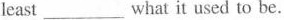
least ___ what it used to be.